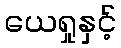
ယေရှုနှင့်